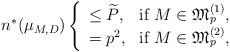
LaTeX: \begin{align*}n^*(\mu_{M,D})\left\{\begin{array}{ll}\leq \widetilde{P},&{\rm if}\; M\in \mathfrak{M}_p^{(1)}, \\=p^2,&{\rm if}\; M\in \mathfrak{M}_p^{(2)} ,\end{array}\right.\end{align*}